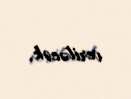
veriləcək.